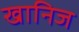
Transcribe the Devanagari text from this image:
खानिज